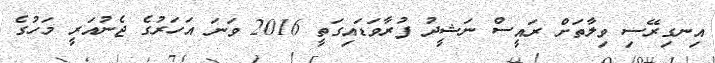
އިނގިރޭސި ވިލާތަށް ރައީސް ނަޝީދު ފުރާވަޑައިގަތީ 2016 ވަނަ އަހަރުގެ ޖެނުއަރީ މަހުގެ